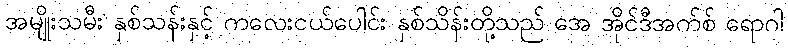
အမျိုးသမီး နှစ်သန်းနှင့် ကလေးငယ်ပေါင်း နှစ်သိန်းတို့သည် အေ အိုင်ဒီအက်စ် ရောဂါ